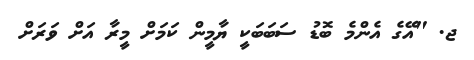
ޖ. "އޭގެ އެންމެ ބޮޑު ސަބަބަކީ ޔާމީން ކަމަށް މީރާ އަށް ވަރަށް